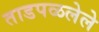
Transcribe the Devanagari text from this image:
ताडपळलेले